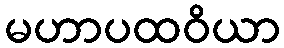
မဟာပထဝိယာ